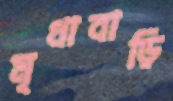
মৃধাবাড়ি